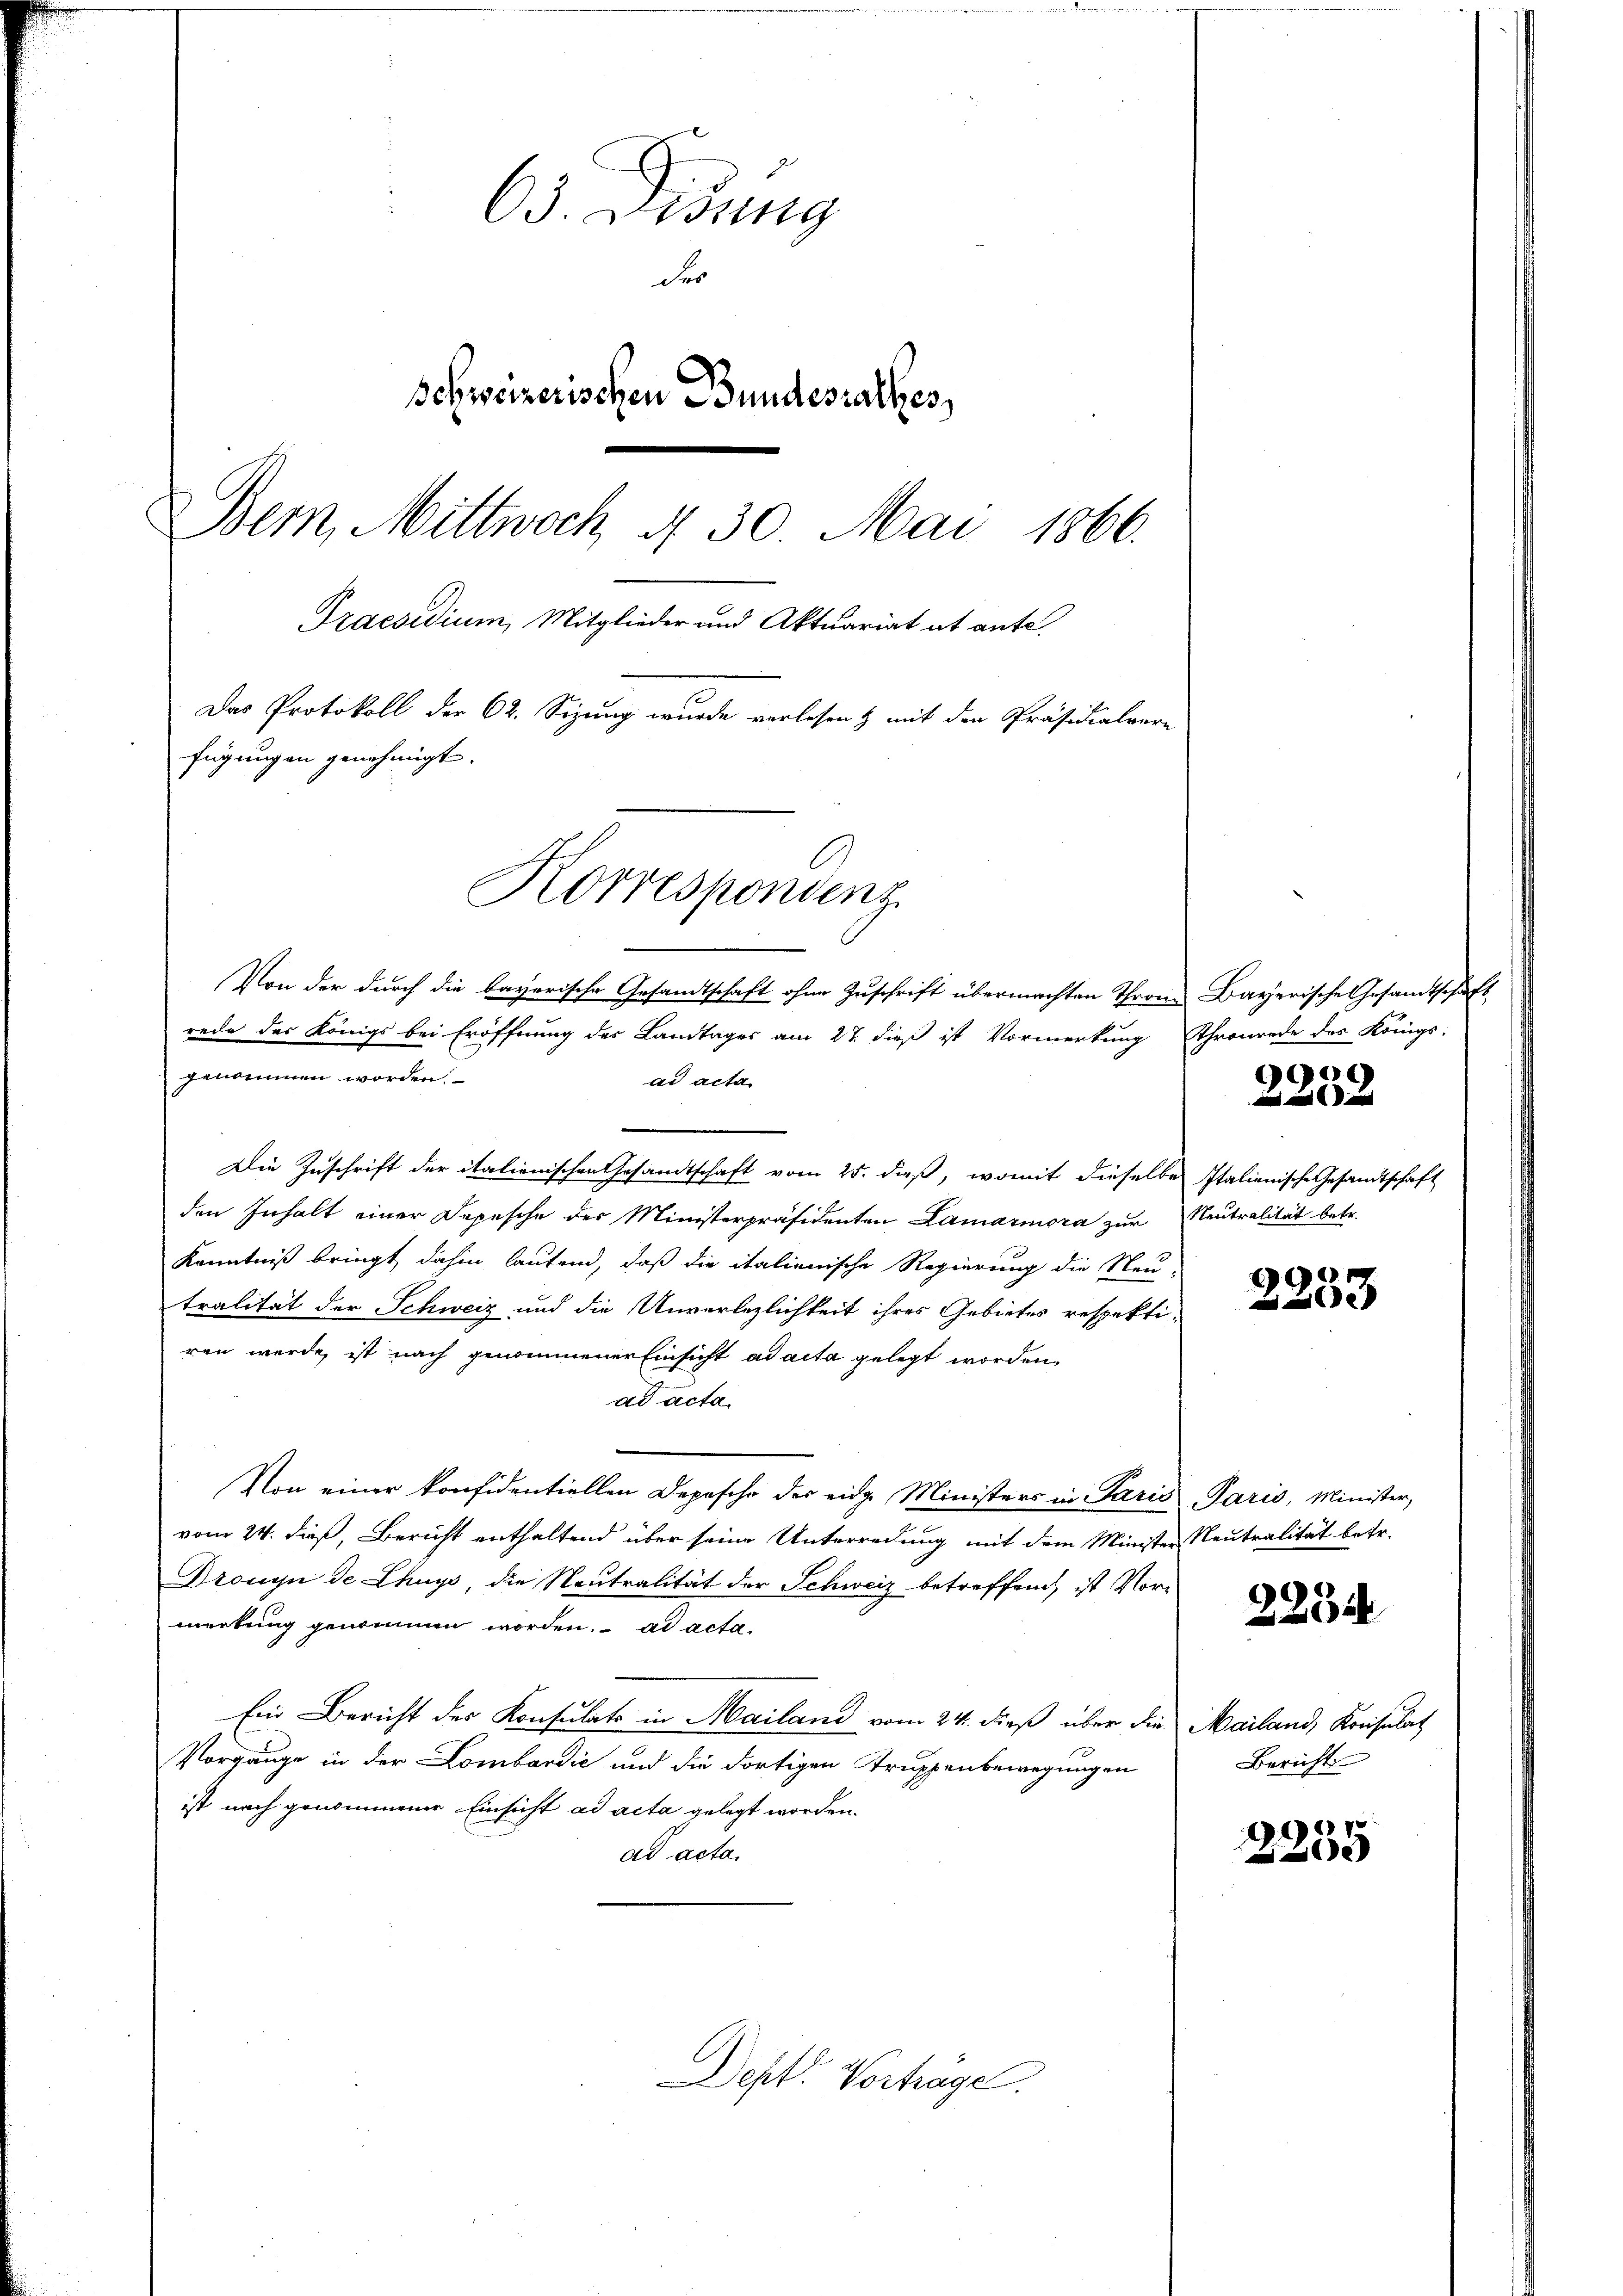
63. Diessung
der
Schweizerischen Bundesrathes
Bern, Mittwoch d. 30. Mai 1866.
Praesidium, Mitglieder und Aktuariat ab ante.
Das Protokoll der 62. Sizung wurde verlesen & mit den Präsidialvere
fügungen genehmigt.
Korrespondenz

Von der durch die bayerische Gesandtschaft ohne Zuschrift übermachten Throne Bayerische Gesandtschaft
rede des Königs bei Eröffnung der Landtages am 27. dieß ist Vormerkung Thronrede des Königs-
genommen worden.
ad acta
Die Zuschrift der italienischen Gesandtschaft vom 25. dieß, womit dieselbe Italienische Gesandtschaft
den Inhalt einer Depesche der Ministerpräsidenten Lamarmora zur Neutralität betr.
Kenntniß bringt dahin lautend, daß die italienische Regierung die Neu-
tralität der Schweiz und die Unverlezlichkeit ihres Gebietes respekti-
ren werde, ist nach genommener Einsicht ad acta gelegt worden,
ad acta
Von einer konfidentiellen Depesche der eidg. Ministers in Paris Paris, Minister,
vom 24. dieß, Bericht enthaltend über seine Unterredung mit dem Minister Neutralität betr.
Dronyn de Lhuys, die Neutralität der Schweiz betreffend, ist Vormerkung genommen worden. ad acta.
Ein Bericht des Konsulats in Mailand vom 24. dieß über die Mailand, Kreisulat
Vorgänge in der Lombardić und die dortigen Truppenbewegungen
ist nach genommener Einsicht ad acta gelegt worden.
ad acta.

Deht. Vorträge.

9909

d und

2233

2254

Bericht

2255